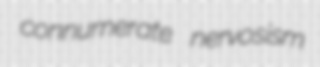
connumerate nervosism